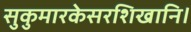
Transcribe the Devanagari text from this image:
सुकुमारकेसरशिखानि।